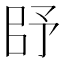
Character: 𰀥